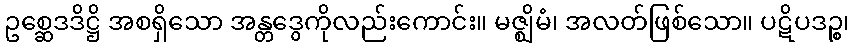
ဥစ္ဆေဒဒိဋ္ဌိ အစရှိသော အန္တဒွေကိုလည်းကောင်း။ မဇ္ဈိမံ၊ အလတ်ဖြစ်သော။ ပဋိပဒဉ္စ၊